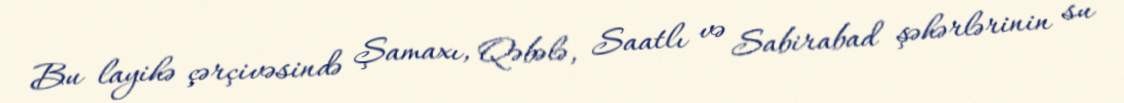
Bu layihə çərçivəsində Şamaxı, Qəbələ, Saatlı və Sabirabad şəhərlərinin su